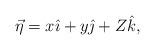
LaTeX: \begin{align*}\vec{\eta}=x\hat{\imath}+y\hat{\jmath}+Z\hat{k}, \end{align*}